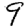
Digit: 9